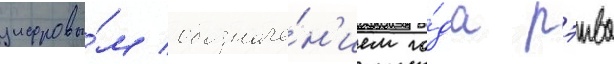
цифровы́м обозначе́н'ием го́да рэива